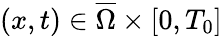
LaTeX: (x,t)\in\overline{{\Omega}}\times[0,T_{0}]